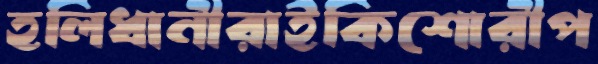
হলিধানীরাইকিশোরীপ